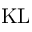
\mathrm { K L }